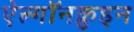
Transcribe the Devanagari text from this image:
ऐल्गॉनक़ुइन